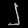
Digit: ၂